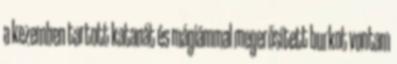
a kezemben tartott katanát és mágiámmal megerősített burkot vontam